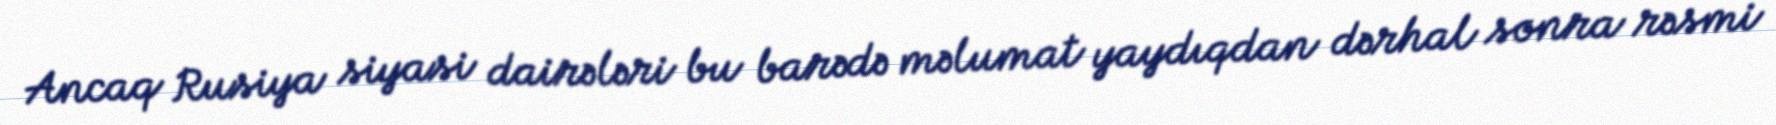
Ancaq Rusiya siyasi dairələri bu barədə məlumat yaydıqdan dərhal sonra rəsmi